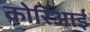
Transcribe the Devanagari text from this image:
कोरिआई